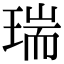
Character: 瑞